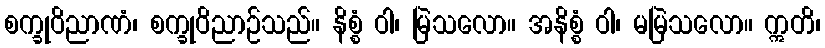
စက္ခုဝိညာဏံ၊ စက္ခုဝိညာဉ်သည်။ နိစ္စံ ဝါ၊ မြဲသလော။ အနိစ္စံ ဝါ၊ မမြဲသလော။ ဣတိ၊